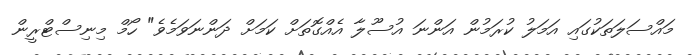
މައްސަލަތަކުގައި އަމަލު ކުރަމުން އަންނަ އުސޫލާ އެއްގޮތަށް ކަމަށް ދަންނަވަމެވެ" ހޯމް މިނިސްޓްރީން